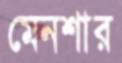
মেনশার